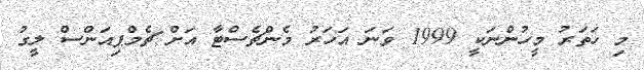
މި ހަތަރު މީހުންނަކީ 1999 ވަނަ އަހަރު މެންޗެސްޓާ އަށް ޗެމްޕިއަންސް ލީގު